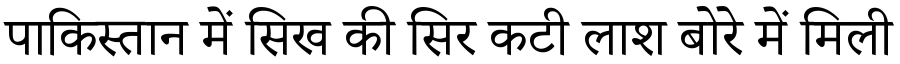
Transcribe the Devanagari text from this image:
पाकिस्तान में सिख की सिर कटी लाश बोरे में मिली